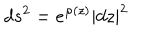
d s ^ { 2 } = e ^ { \varphi ( z ) } \left| d z \right| ^ { 2 }